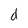
Character: d